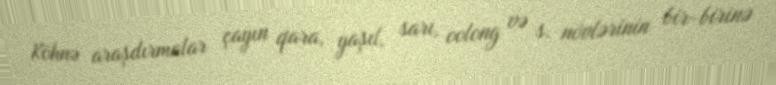
Köhnə araşdırmalar çayın qara, yaşıl, sarı, oolong və s. növlərinin bir-birinə